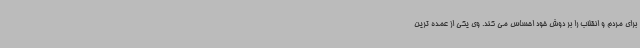
برای مردم و انقلاب را بر دوش خود احساس می کند. وی یکی از عمده ترین